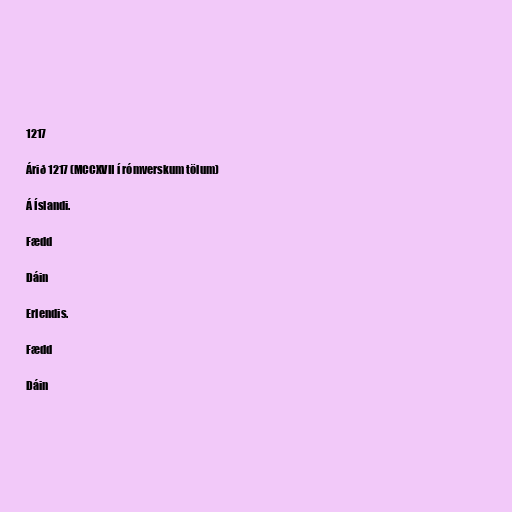
1217

Árið 1217 (MCCXVII í rómverskum tölum)

Á Íslandi.

Fædd

Dáin

Erlendis.

Fædd

Dáin